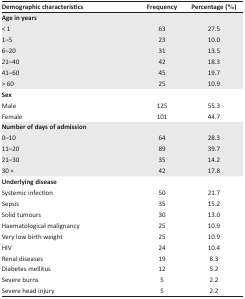
<table><thead><tr><td><b>Demographic characteristics</b></td><td><b>Frequency</b></td><td><b>Percentage (%)</b></td></tr></thead><tbody><tr><td colspan="3"><b>Age in years</b></td></tr><tr><td>&lt; 1</td><td>63</td><td>27.5</td></tr><tr><td>1–5</td><td>23</td><td>10.0</td></tr><tr><td>6–20</td><td>31</td><td>13.5</td></tr><tr><td>21–40</td><td>42</td><td>18.3</td></tr><tr><td>41–60</td><td>45</td><td>19.7</td></tr><tr><td>&gt; 60</td><td>25</td><td>10.9</td></tr><tr><td colspan="3"><b>Sex</b></td></tr><tr><td>Male</td><td>125</td><td>55.3</td></tr><tr><td>Female</td><td>101</td><td>44.7</td></tr><tr><td colspan="3"><b>Number of days of admission</b></td></tr><tr><td>0–10</td><td>64</td><td>28.3</td></tr><tr><td>11–20</td><td>89</td><td>39.7</td></tr><tr><td>21–30</td><td>35</td><td>14.2</td></tr><tr><td>30 +</td><td>42</td><td>17.8</td></tr><tr><td colspan="3"><b>Underlying disease</b></td></tr><tr><td>Systemic infection</td><td>50</td><td>21.7</td></tr><tr><td>Sepsis</td><td>35</td><td>15.2</td></tr><tr><td>Solid tumours</td><td>30</td><td>13.0</td></tr><tr><td>Haematological malignancy</td><td>25</td><td>10.9</td></tr><tr><td>Very low birth weight</td><td>25</td><td>10.9</td></tr><tr><td>HIV</td><td>24</td><td>10.4</td></tr><tr><td>Renal diseases</td><td>19</td><td>8.3</td></tr><tr><td>Diabetes mellitus</td><td>12</td><td>5.2</td></tr><tr><td>Severe burns</td><td>5</td><td>2.2</td></tr><tr><td>Severe head injury</td><td>5</td><td>2.2</td></tr></tbody></table>